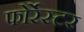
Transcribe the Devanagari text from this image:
फोर्रेस्टर